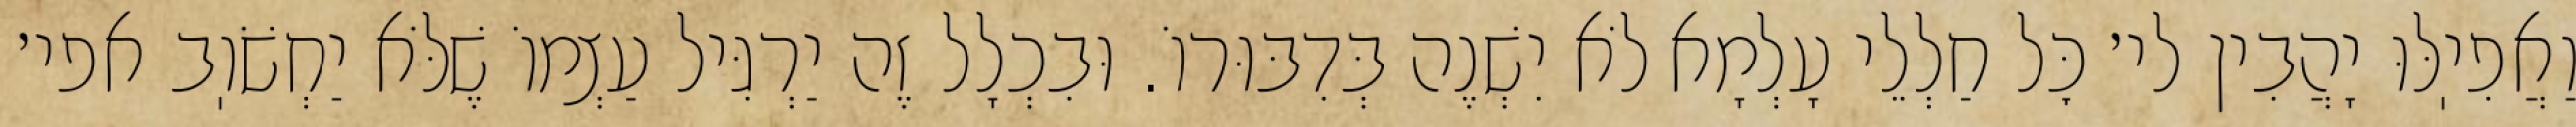
וַאֲפִיֽלּוּ יָהֲבִין לי׳ כׇּל חַלְלֵי עָלְמָא לֹא יִשְׁנֶה בְּדִבּוּרוֹ. וּבִכְלָל זֶה יַרְגִּיל עַצְמוֹ שֶׁלֹּא יַחְשֹׁוֽב אפי׳